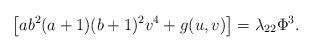
LaTeX: \begin{align*} \left[ ab^{2}(a+1)(b+1)^{2}v^{4}+ g(u,v)\right] =\lambda _{22}{\Phi^{3}}.\end{align*}